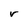
Character: r